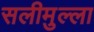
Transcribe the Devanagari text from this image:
सलीमुल्ला